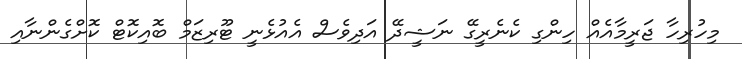
މިހުރިހާ ޖަރީމާއެއް ހިންގި ކެނެރީގޭ ނަޝީދޭ އަދިވެސް އެއުޅެނީ ޓޫރިޒަމް ބޮއިކޮޓް ކޮށްގެންނާއި